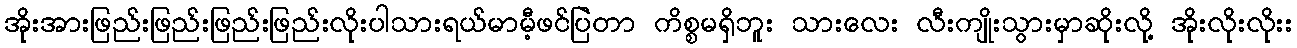
အိုးအားဖြည်းဖြည်းဖြည်းဖြည်းလိုးပါသားရယ်မာမီ့ဖင်ပြဲတာ ကိစ္စမရှိဘူး သားလေး လီးကျိုးသွားမှာဆိုးလို့ အိုးလိုးလိုးး